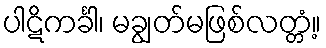
ပါဋိကင်္ခါ၊ မချွတ်မဖြစ်လတ္တံ့။